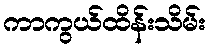
ကာကွယ်ထိန်းသိမ်း